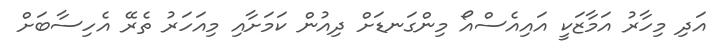
އަދި މިހާރު އަމާޒަކީ އައިއެސްއޯ މިންގަނޑަށް ދިއުން ކަމަށާއި މިއަހަރު ތެރޭ އެހިސާބަށް